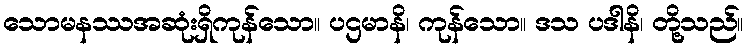
သောမနဿအဆုံးရှိကုန်သော။ ပဌမာနိ၊ ကုန်သော။ ဒသ ပဒါနိ၊ တို့သည်။